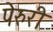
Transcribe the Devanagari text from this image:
पेरुरी